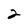
Character: 2